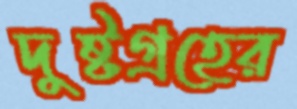
দুষ্টগ্রহের